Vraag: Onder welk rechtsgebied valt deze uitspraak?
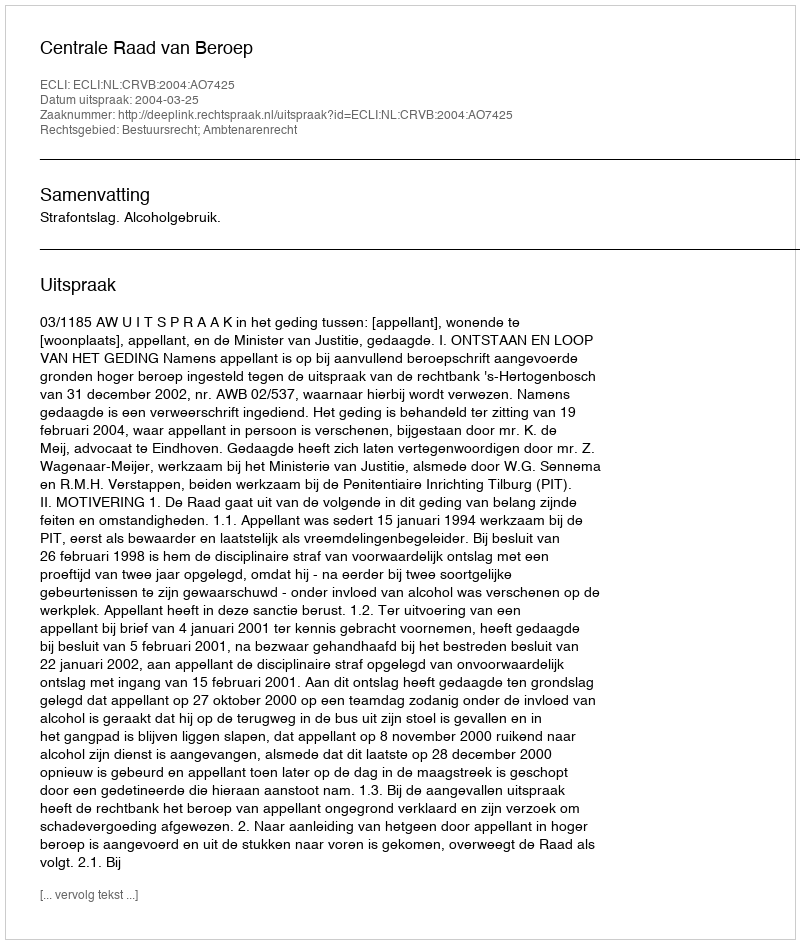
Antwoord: Bestuursrecht; Ambtenarenrecht